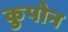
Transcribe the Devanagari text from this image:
कुपोन